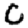
Digit: 0